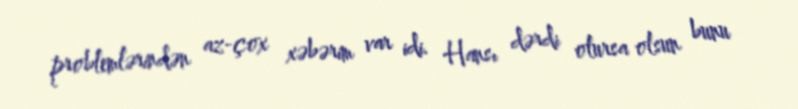
problemlərindən az-çox xəbərim var idi. Hansı dərdi olursa olsun bunu